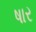
ષાર